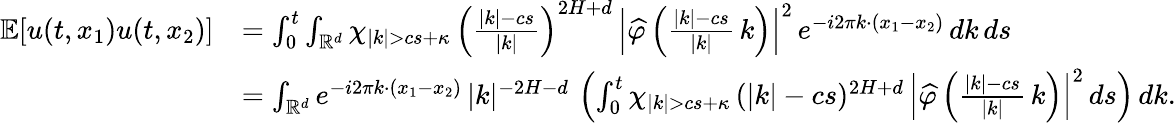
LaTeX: \begin{array}{rl}{\mathbb{E}[u(t,x_{1})u(t,x_{2})]}&{=\int_{0}^{t}\int_{\mathbb R^{d}}\chi_{|k|>cs+\kappa}\, \left(\frac{|k|-cs}{|k|}\right)^{2H+d}\, \Big|\widehat{\varphi}\left(\frac{|k|-cs}{|k|}\, k\right)\Big|^{2}\, e^{-i2\pi k\cdot(x_{1}-x_{2})}\, dk\, ds}\\ &{=\int_{\mathbb R^{d}}e^{-i2\pi k\cdot(x_{1}-x_{2})}\, |k|^{-2H-d}\, \left(\int_{0}^{t}\chi_{|k|>cs+\kappa}\, (|k|-cs)^{2H+d}\, \Big|\widehat{\varphi}\left(\frac{|k|-cs}{|k|}\, k\right)\Big|^{2}\, ds\right)\, dk.}\end{array}